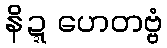
နိဍ္ဍဟေတဗ္ဗံ